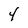
Character: 4